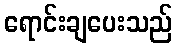
ရောင်းချပေးသည်